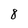
Character: 8